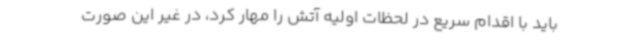
باید با اقدام سریع در لحظات اولیه آتش را مهار کرد، در غیر این صورت